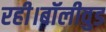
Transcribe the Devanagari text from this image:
रही।बॉलीवुड